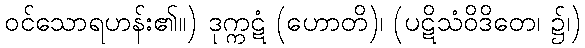
ဝင်သောရဟန်း၏။) ဒုက္ကဋံ (ဟောတိ)၊ (ပဋိသံဝိဒိတေ၊ ၌၊)